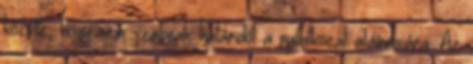
közölte, hogy nem szabnak határidőt a nyilatkozat aláírására. Az